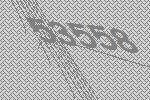
53558